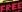
FREE